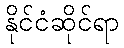
နိုင်ငံဆိုင်ရာ